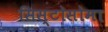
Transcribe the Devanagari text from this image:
सिस्टोसोमा